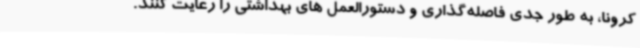
کرونا، به طور جدی فاصله‌گذاری و دستورالعمل های بهداشتی را رعایت کنند.